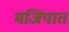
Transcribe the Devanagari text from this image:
मजिपात